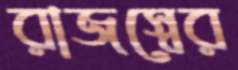
রাজস্বের